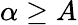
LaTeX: \alpha\geq A